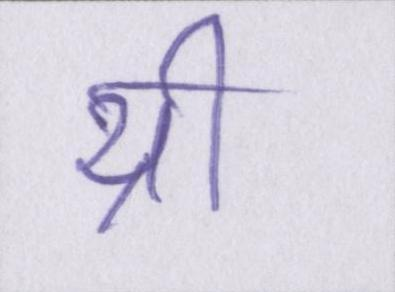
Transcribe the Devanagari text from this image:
थ्री